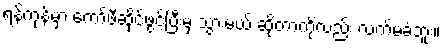
ရန်ကုန်မှာ ကော်ဖီဆိုင်ဖွင့်ပြီးမှ သွားမယ် ဆိုတာကိုလည်း လက်မခံဘူး။